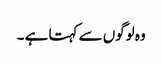
وہ لوگوں سے کہتا ہے ۔